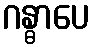
ဂန္ဓာပေ